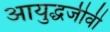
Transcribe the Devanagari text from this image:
आयुद्धजीवी